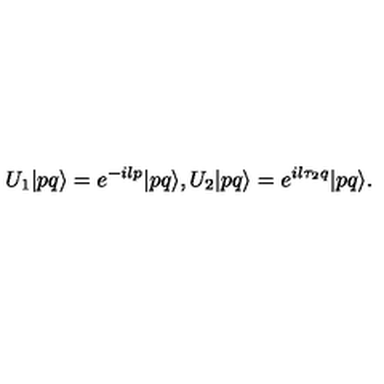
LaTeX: U _ { 1 } | p q \rangle = e ^ { - i l p } | p q \rangle , U _ { 2 } | p q \rangle = e ^ { i l \tau _ { 2 } q } | p q \rangle .